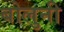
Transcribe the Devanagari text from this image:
बोलुनी